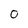
Character: 0